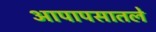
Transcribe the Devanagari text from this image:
आपापसातले